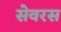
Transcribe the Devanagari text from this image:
सेवरस